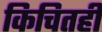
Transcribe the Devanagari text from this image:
किचितही